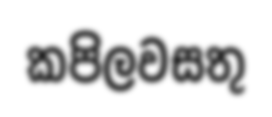
කපිලවසතු